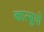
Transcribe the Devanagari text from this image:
कात्सुयो